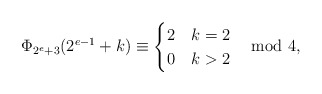
\begin{align*}\Phi_{2^e+3}(2^{e-1}+k)\equiv\begin{cases}2&k=2\\ 0&k>2\end{cases} \mod 4,\end{align*}